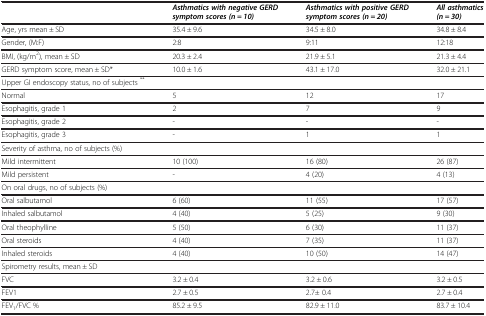
|  | Asthmatics with negative GERD symptom scores (n = 10) | Asthmatics with positive GERD symptom scores (n = 20) | All asthmatics (n = 30) |
 | --- | --- | --- | --- |
 | Age, yrs mean ± SD | 35.4 ± 9.6 | 34.5 ± 8.0 | 34.8 ± 8.4 |
 | Gender, (M:F) | 2:8 | 9:11 | 12:18 |
 | BMI, (kg/m2), mean ± SD | 20.3 ± 2.4 | 21.9 ± 5.1 | 21.3 ± 4.4 |
 | GERD symptom score, mean ± SD* | 10.0 ± 1.6 | 43.1 ± 17.0 | 32.0 ± 21.1 |
 | Upper GI endoscopy status, no of subjects ** |  |  |  |
 | Normal | 5 | 12 | 17 |
 | Esophagitis, grade 1 | 2 | 7 | 9 |
 | Esophagitis, grade 2 | - | - | - |
 | Esophagitis, grade 3 | - | 1 | 1 |
 | Severity of asthma, no of subjects (%) |  |  |  |
 | Mild intermittent | 10 (100) | 16 (80) | 26 (87) |
 | Mild persistent | - | 4 (20) | 4 (13) |
 | On oral drugs, no of subjects (%) |  |  |  |
 | Oral salbutamol | 6 (60) | 11 (55) | 17 (57) |
 | Inhaled salbutamol | 4 (40) | 5 (25) | 9 (30) |
 | Oral theophylline | 5 (50) | 6 (30) | 11 (37) |
 | Oral steroids | 4 (40) | 7 (35) | 11 (37) |
 | Inhaled steroids | 4 (40) | 10 (50) | 14 (47) |
 | Spirometry results, mean ± SD |  |  |  |
 | FVC | 3.2 ± 0.4 | 3.2 ± 0.6 | 3.2 ± 0.5 |
 | FEV1 | 2.7 ± 0.5 | 2.7± 0.4 | 2.7 ± 0.4 |
 | FEV1/FVC % | 85.2 ± 9.5 | 82.9 ± 11.0 | 83.7 ± 10.4 |